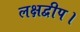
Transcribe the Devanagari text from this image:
लक्षद्वीप।